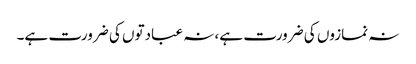
نہ نمازوں کی ضرورت ہے، نہ عبادتوں کی ضرورت ہے۔